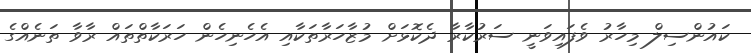
ކައުންސިލް މިހާރު ވެފައިވަނީ ސަރުކާރާ ދެކޮޅަށް މުޒާހަރާތަކާއި އެހެނިހެން ހަރަކާތްތައް ރާވާ ތަނެއްގެ